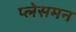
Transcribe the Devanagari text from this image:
प्लेसमन